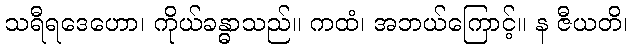
သရီရဒေဟော၊ ကိုယ်ခန္ဓာသည်။ ကထံ၊ အဘယ်ကြောင့်။ န ဇီယတိ၊